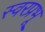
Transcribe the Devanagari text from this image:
स्वरप्रभू